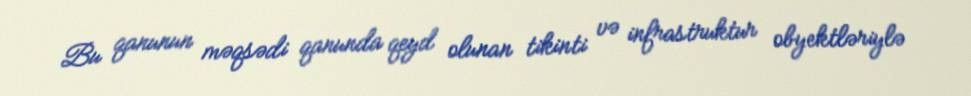
Bu qanunun məqsədi qanunda qeyd olunan tikinti və infrastruktur obyektləriylə